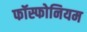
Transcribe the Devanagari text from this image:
फॉस्फोनियम